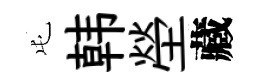
屯韩塋藏